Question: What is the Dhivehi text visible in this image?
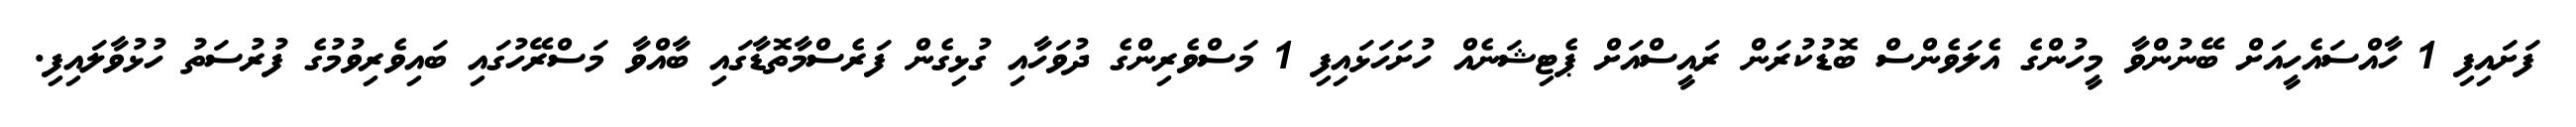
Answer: ފަށައިފި 1 ހާއްސައެހީއަށް ބޭނުންވާ މީހުންގެ އެލަވެންސް ބޮޑުކުރަން ރައީސްއަށް ޕެޓިޝަނެއް ހުށަހަޅައިފި 1 މަސްވެރިންގެ ދުވަހާއި ގުޅިގެން ފަރެސްމާތޮޑާގައި ބާއްވާ މަސްރޭހުގައި ބައިވެރިވުމުގެ ފުރުސަތު ހުޅުވާލައިފި.